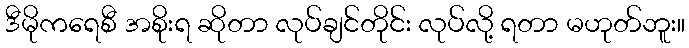
ဒီမိုကရေစီ အစိုးရ ဆိုတာ လုပ်ချင်တိုင်း လုပ်လို့ ရတာ မဟုတ်ဘူး။